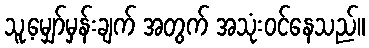
သူ့မျှော်မှန်းချက် အတွက် အသုံးဝင်နေသည်။